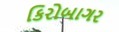
કિરોબાગર